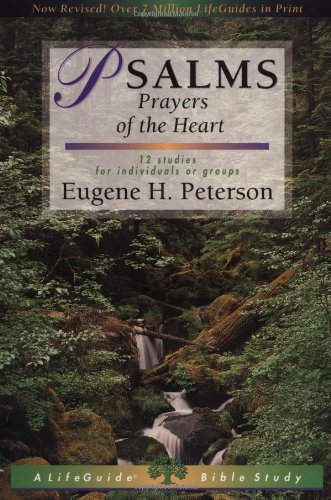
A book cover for PSALMS: Prayers of the Heart - 12 Studies for Individuals or Groups (Lifeguide Bible Studies ); Eugene H. Peterson; Christian Books & Bibles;